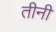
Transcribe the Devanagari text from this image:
तीनी